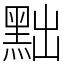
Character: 黜